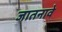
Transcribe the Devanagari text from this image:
जातनावे